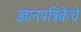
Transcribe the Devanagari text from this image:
ज्ञानपत्रिकेचे